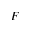
F